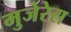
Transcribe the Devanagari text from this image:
मुजेरेस